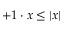
+ 1 \cdot x \leq | x |